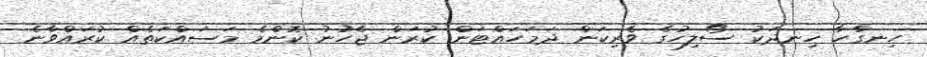
ހިނގާހާ ހިނދަކު ސޯލިހުގެ ވެރިކަން ދަމަހައްޓަން ކުރަން ޖެހުނު ކޮންމެ މަސައްކަތެއް ކުރައްވާނެ